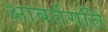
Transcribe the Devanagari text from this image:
आवर्तगति